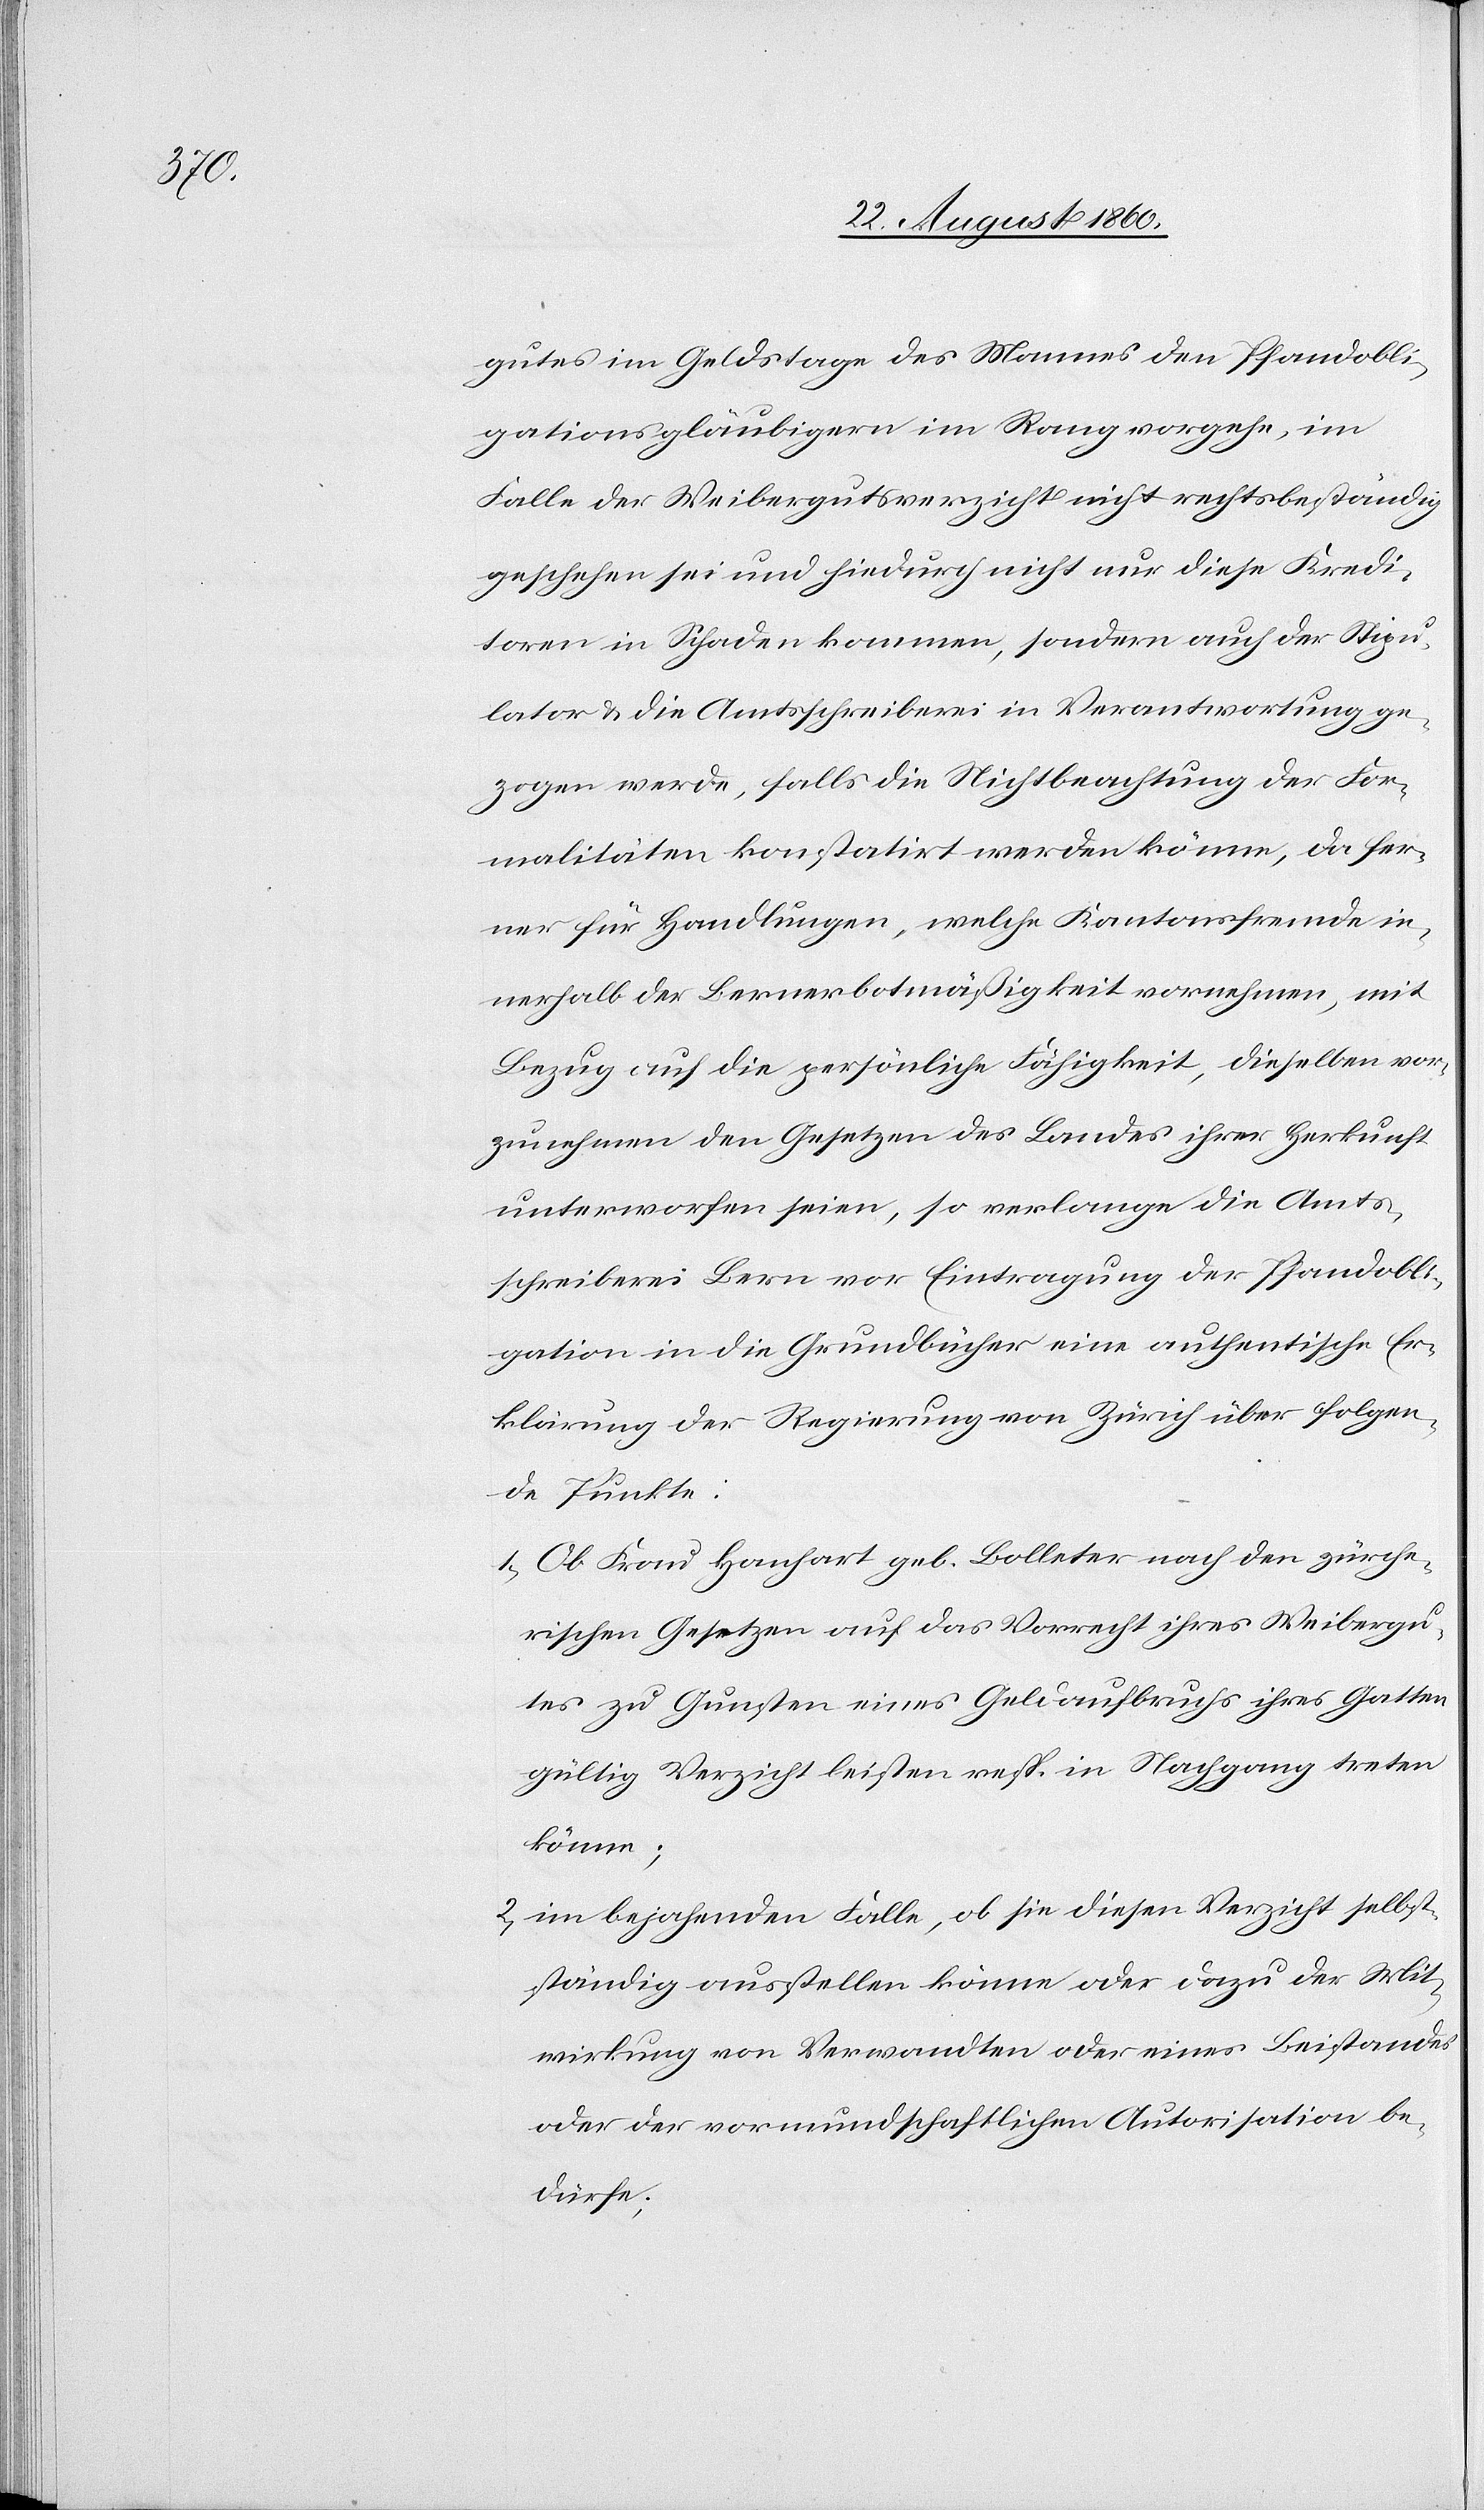
gutes im Geldstage des Mannes den Pfandobli¬
gationsgläubigern im Range vorgehe, im
Falle der Weibergutsverzicht nicht rechtsbeständig
geschehen sei und hiedurch nicht nur diese Kredi¬
toren in Schaden kommen, sondern auch der Stipu¬
lator u. die Amtsschreiberei in Verantwortung ge¬
zogen werde, falls die Nichtbeachtung der For¬
malitäten constatirt werden könne, da fer¬
ner für Handlungen, welche Kantonsfremde in¬
nerhalb der Bernerbotmässigkeit vornehmen, mit
Bezug auf die persönliche Fähigkeit, dieselben vor¬
zunehmen den Gesetzen des Landes ihrer Herkunft
unterworfen seien, so verlange die Amts¬
schreiberei Bern vor Eintragung der Pfandobli¬
gation in die Grundbücher eine authentische Er¬
klärung der Regierung von Zürich über folgen¬
de Punkte.
1) Ob Frau Hanhart geb. Bolleter nach den zürche¬
rischen Gesetzen auf das Vorrecht ihres Weibergu¬
tes zu Gunsten eines Geldaufbruchs ihres Gatten
gültig Verzicht leisten resp. in Nachgang treten
könne;
2) im bejahenden Falle, ob sie diesen Verzicht selbst¬
ständig ausstellen könne oder dazu der Mit¬
wirkung von Verwandten oder eines Beistandes
oder der vormundschaftlichen Autorisation be¬
dürfe;